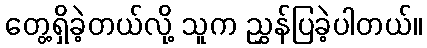
တွေ့ရှိခဲ့တယ်လို့ သူက ညွှန်ပြခဲ့ပါတယ်။